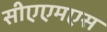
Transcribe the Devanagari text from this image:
सीएएमएस